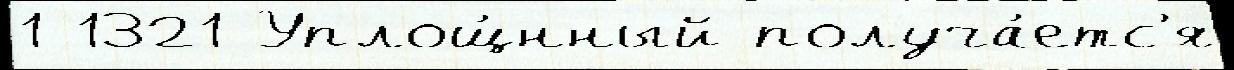
1 1321 Уплощ́нный получа́етс'я